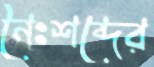
নৈঃশব্দের